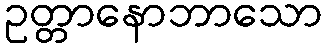
ဥတ္တာနောဘာသော